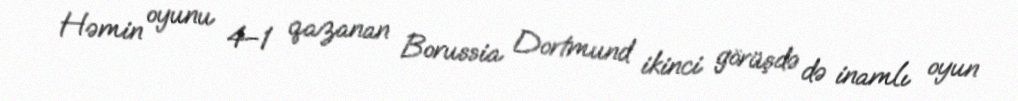
Həmin oyunu 4–1 qazanan Borussia Dortmund ikinci görüşdə də inamlı oyun